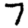
Digit: 7